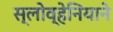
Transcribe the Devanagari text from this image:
स्लोव्हेनियाने